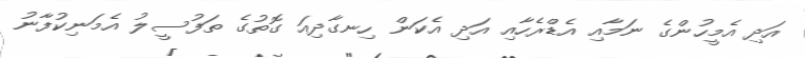
އަދި އެމީހުންގެ ނަމާއި އެޑްރެހާއި އަދި އެކަން ހިނގާދިއަ ގޮތުގެ ތަފުސީލު އެމަނިކުފާނު